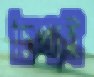
চিপাই